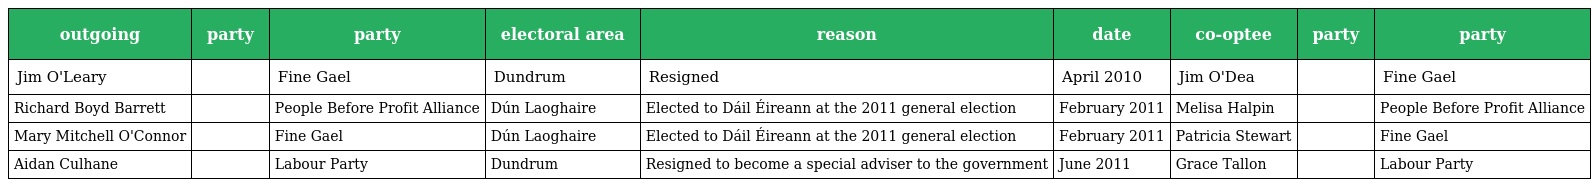
| outgoing | party | party | electoral area | reason | date | co-optee | party | party |
 | --- | --- | --- | --- | --- | --- | --- | --- | --- |
 | Jim O'Leary |  | Fine Gael | Dundrum | Resigned | April 2010 | Jim O'Dea |  | Fine Gael |
 | Richard Boyd Barrett |  | People Before Profit Alliance | Dún Laoghaire | Elected to Dáil Éireann at the 2011 general election | February 2011 | Melisa Halpin |  | People Before Profit Alliance |
 | Mary Mitchell O'Connor |  | Fine Gael | Dún Laoghaire | Elected to Dáil Éireann at the 2011 general election | February 2011 | Patricia Stewart |  | Fine Gael |
 | Aidan Culhane |  | Labour Party | Dundrum | Resigned to become a special adviser to the government | June 2011 | Grace Tallon |  | Labour Party |